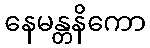
နေမန္တနိကော